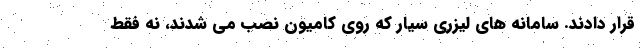
قرار دادند. سامانه های لیزری سیار که روی کامیون نصب می شدند، نه فقط